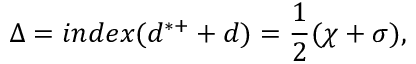
\Delta = i n d e x ( d ^ { * + } + d ) = \frac { 1 } { 2 } ( \chi + \sigma ) ,